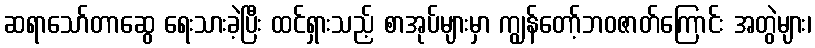
ဆရာသော်တာဆွေ ရေးသားခဲ့ပြီး ထင်ရှားသည့် စာအုပ်များမှာ ကျွန်တော့်ဘဝဇာတ်ကြောင်း အတွဲများ၊